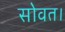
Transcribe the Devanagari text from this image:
सोवत।